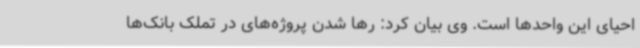
احیای این واحدها است. وی بیان کرد: رها شدن پروژه‌های در تملک بانک‌ها